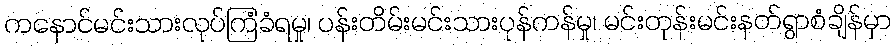
ကနောင်မင်းသားလုပ်ကြံခံရမှု၊ ပန်းတိမ်းမင်းသားပုန်ကန်မှု၊ မင်းတုန်းမင်းနတ်ရွာစံချိန်မှာ